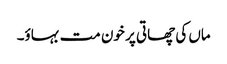
ماں کی چھاتی پر خون مت بہاؤ۔